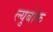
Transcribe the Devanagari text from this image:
ल्युबोक